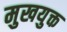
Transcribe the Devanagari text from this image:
मुखयुक्त